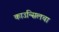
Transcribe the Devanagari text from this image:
काउन्सिलचा